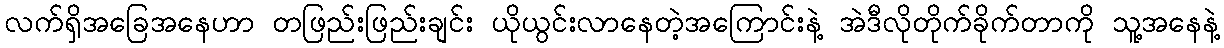
လက်ရှိအခြေအနေဟာ တဖြည်းဖြည်းချင်း ယိုယွင်းလာနေတဲ့အကြောင်းနဲ့ အဲဒီလိုတိုက်ခိုက်တာကို သူ့အနေနဲ့